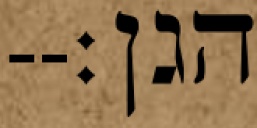
הגן׃--